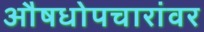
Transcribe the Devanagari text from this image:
औषधोपचारांवर